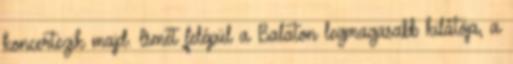
koncertezik majd. Ismét felépül a Balaton legmagasabb kilátója, a